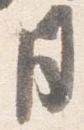
月